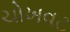
ચોખવટ